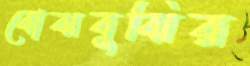
বোঝবুঝির